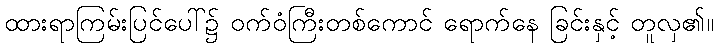
ထားရာကြမ်းပြင်ပေါ်၌ ဝက်ဝံကြီးတစ်ကောင် ရောက်နေ ခြင်းနှင့် တူလှ၏။